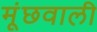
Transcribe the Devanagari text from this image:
मूंछवाली